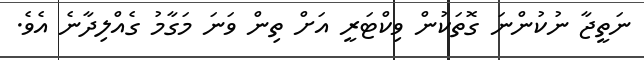
ނަތީޖާ ނުކުންނަ ގޮތަކުން ވިކްޓަރީ އަށް ތިން ވަނަ މަގާމު ގެއްލިދާނެ އެވެ.